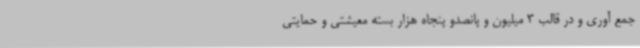
جمع آوری و در قالب 3 میلیون و پانصدو پنجاه هزار بسته معیشتی و حمایتی